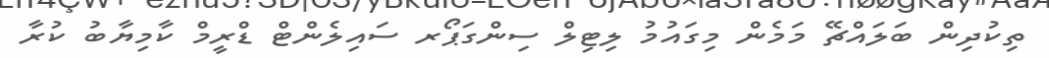
ތިކުދިން ބަލައްޗޭ މަމެން މިގައުމު ލިޓިލް ސިންގަޕޯރ ސައިލެންޓް ޑްރީމް ކާމިޔާބު ކުރާ